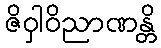
ဇိဝှါဝိညာဏန္တိ